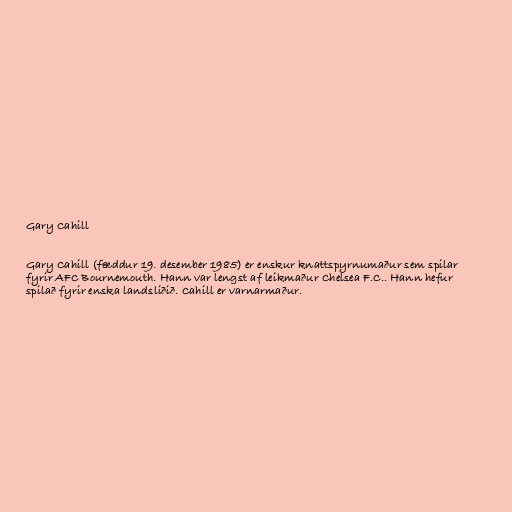
Gary Cahill

Gary Cahill (fæddur 19. desember 1985) er enskur knattspyrnumaður sem spilar
fyrir AFC Bournemouth. Hann var lengst af leikmaður Chelsea F.C.. Hann hefur
spilað fyrir enska landsliðið. Cahill er varnarmaður.